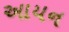
આયન